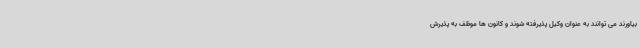
بیاورند می توانند به عنوان وکیل پذیرفته شوند و کانون ها موظف به پذیرش